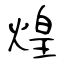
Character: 煌